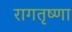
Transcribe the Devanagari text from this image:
रागतृष्णा